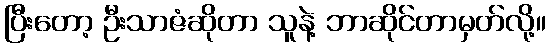
ပြီးတော့ ဦးသာဇံဆိုတာ သူနဲ့ ဘာဆိုင်တာမှတ်လို့။